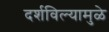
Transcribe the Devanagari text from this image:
दर्शविल्यामुळे